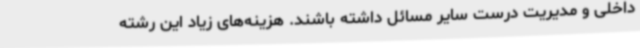
داخلی و مدیریت درست سایر مسائل داشته باشند. هزینه‌های زیاد این رشته